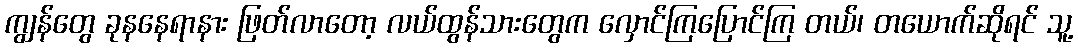
ကျွန်တွေ ခုနနေရာနား ဖြတ်လာတော့ လယ်ထွန်သားတွေက လှောင်ကြပြောင်ကြ တယ်၊ တယောက်ဆိုရင် သူ့